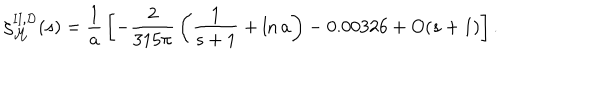
\zeta _ { \cal M } ^ { \mathrm { I I } , { \cal D } } ( s ) = { \frac { 1 } { a } } \left[ - { \frac { 2 } { 3 1 5 \pi } } \left( { \frac { 1 } { s + 1 } } + \ln a \right) - 0 . 0 0 3 2 6 + O ( s + 1 ) \right] .